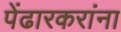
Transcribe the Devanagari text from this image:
पेंढारकरांना